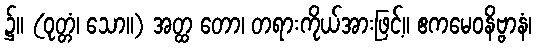
၌။ (ဝုတ္တံ၊ သော။) အတ္ထ တော၊ တရားကိုယ်အားဖြင့်။ ဧကမေဝနိဗ္ဗာနံ၊